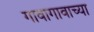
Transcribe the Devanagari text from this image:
गावागावाच्या